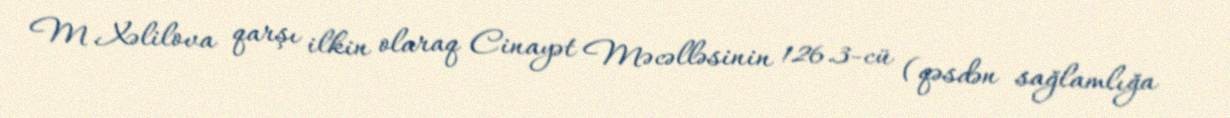
M.Xəlilova qarşı ilkin olaraq Cinayət Məcəlləsinin 126.3-cü (qəsdən sağlamlığa